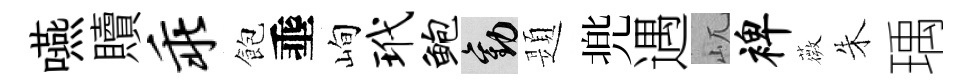
嚥贖乖飽埀峋玳鲍勸題兠遇屼裨薇朱瑀